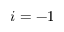
i = - 1